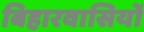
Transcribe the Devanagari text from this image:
बिहारवासियों